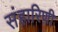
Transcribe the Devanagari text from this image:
संहारिणी